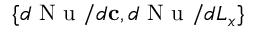
\{ d \mathrm { ~ N ~ u ~ } / d \mathbf { c } , d \mathrm { ~ N ~ u ~ } / d L _ { x } \}